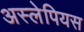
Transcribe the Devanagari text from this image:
अस्लेपियस